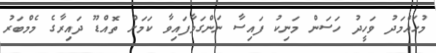
މުހައްމަދު ވަހީދު ހަސަން މަނިކު ފައިސާ ނަންގަވާފައިވާ ކަމަށް ތޮއްޑޫ ދައިރާގެ މެމްބަރު